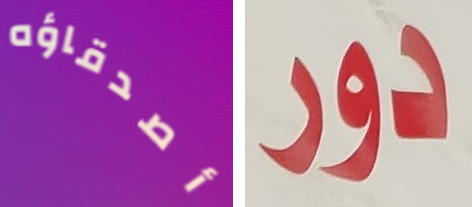
أصدقاؤه دور